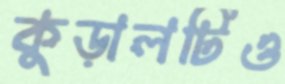
কুড়ালটিও